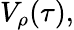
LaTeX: V_{\rho}(\tau),